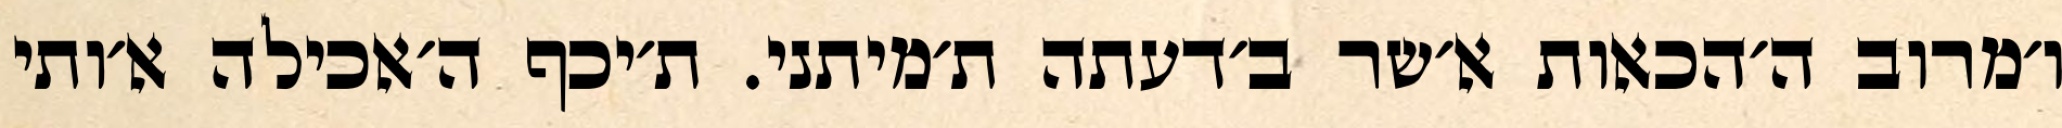
ו׳מרוב ה׳הכאות א׳שר ב׳דעתה ת׳מיתני. ת׳יכף ה׳אכילה א׳ותי